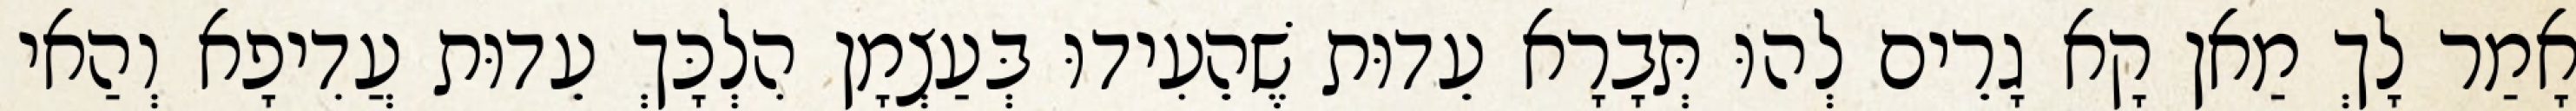
אָמַר לָךְ מַאן קָא גָרֵים לְהוּ תְּבָרָא עֵדוּת שֶׁהֵעִידוּ בְּעַצְמָן הִלְכָּךְ עֵדוּת עֲדִיפָא וְהַאי